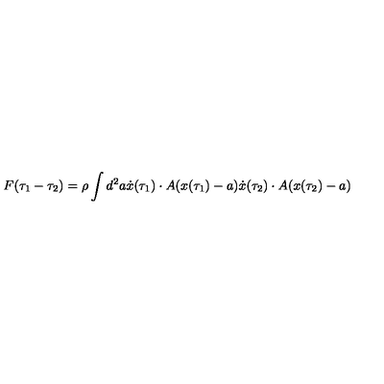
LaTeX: F ( \tau _ { 1 } - \tau _ { 2 } ) = \rho \int d ^ { 2 } a \dot { x } ( \tau _ { 1 } ) \cdot A ( x ( \tau _ { 1 } ) - a ) \dot { x } ( \tau _ { 2 } ) \cdot A ( x ( \tau _ { 2 } ) - a )